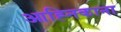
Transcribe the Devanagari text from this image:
आह्निकाना